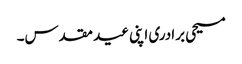
مسیحی برادری اپنی عید مقدس۔